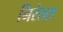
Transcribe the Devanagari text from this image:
निरंतरा